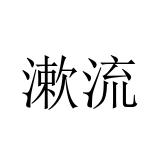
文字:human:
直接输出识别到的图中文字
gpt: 漱流